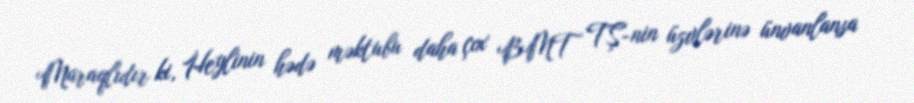
Maraqlıdır ki, Heylinin hədə məktubu daha çox BMT TŞ-nin üzvlərinə ünvanlansa